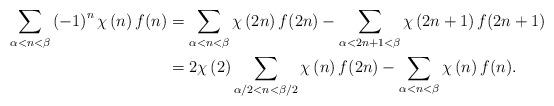
LaTeX: \begin{align*}\sum_{\alpha<n<\beta}\left( -1\right) ^{n}\chi\left( n\right) f(n) &=\sum_{\alpha<n<\beta}\chi\left( 2n\right) f(2n)-\sum_{\alpha<2n+1<\beta}\chi\left( 2n+1\right) f(2n+1)\\& =2\chi\left( 2\right) \sum_{\alpha/2<n<\beta/2}\chi\left( n\right)f(2n)-\sum_{\alpha<n<\beta}\chi\left( n\right) f(n).\end{align*}